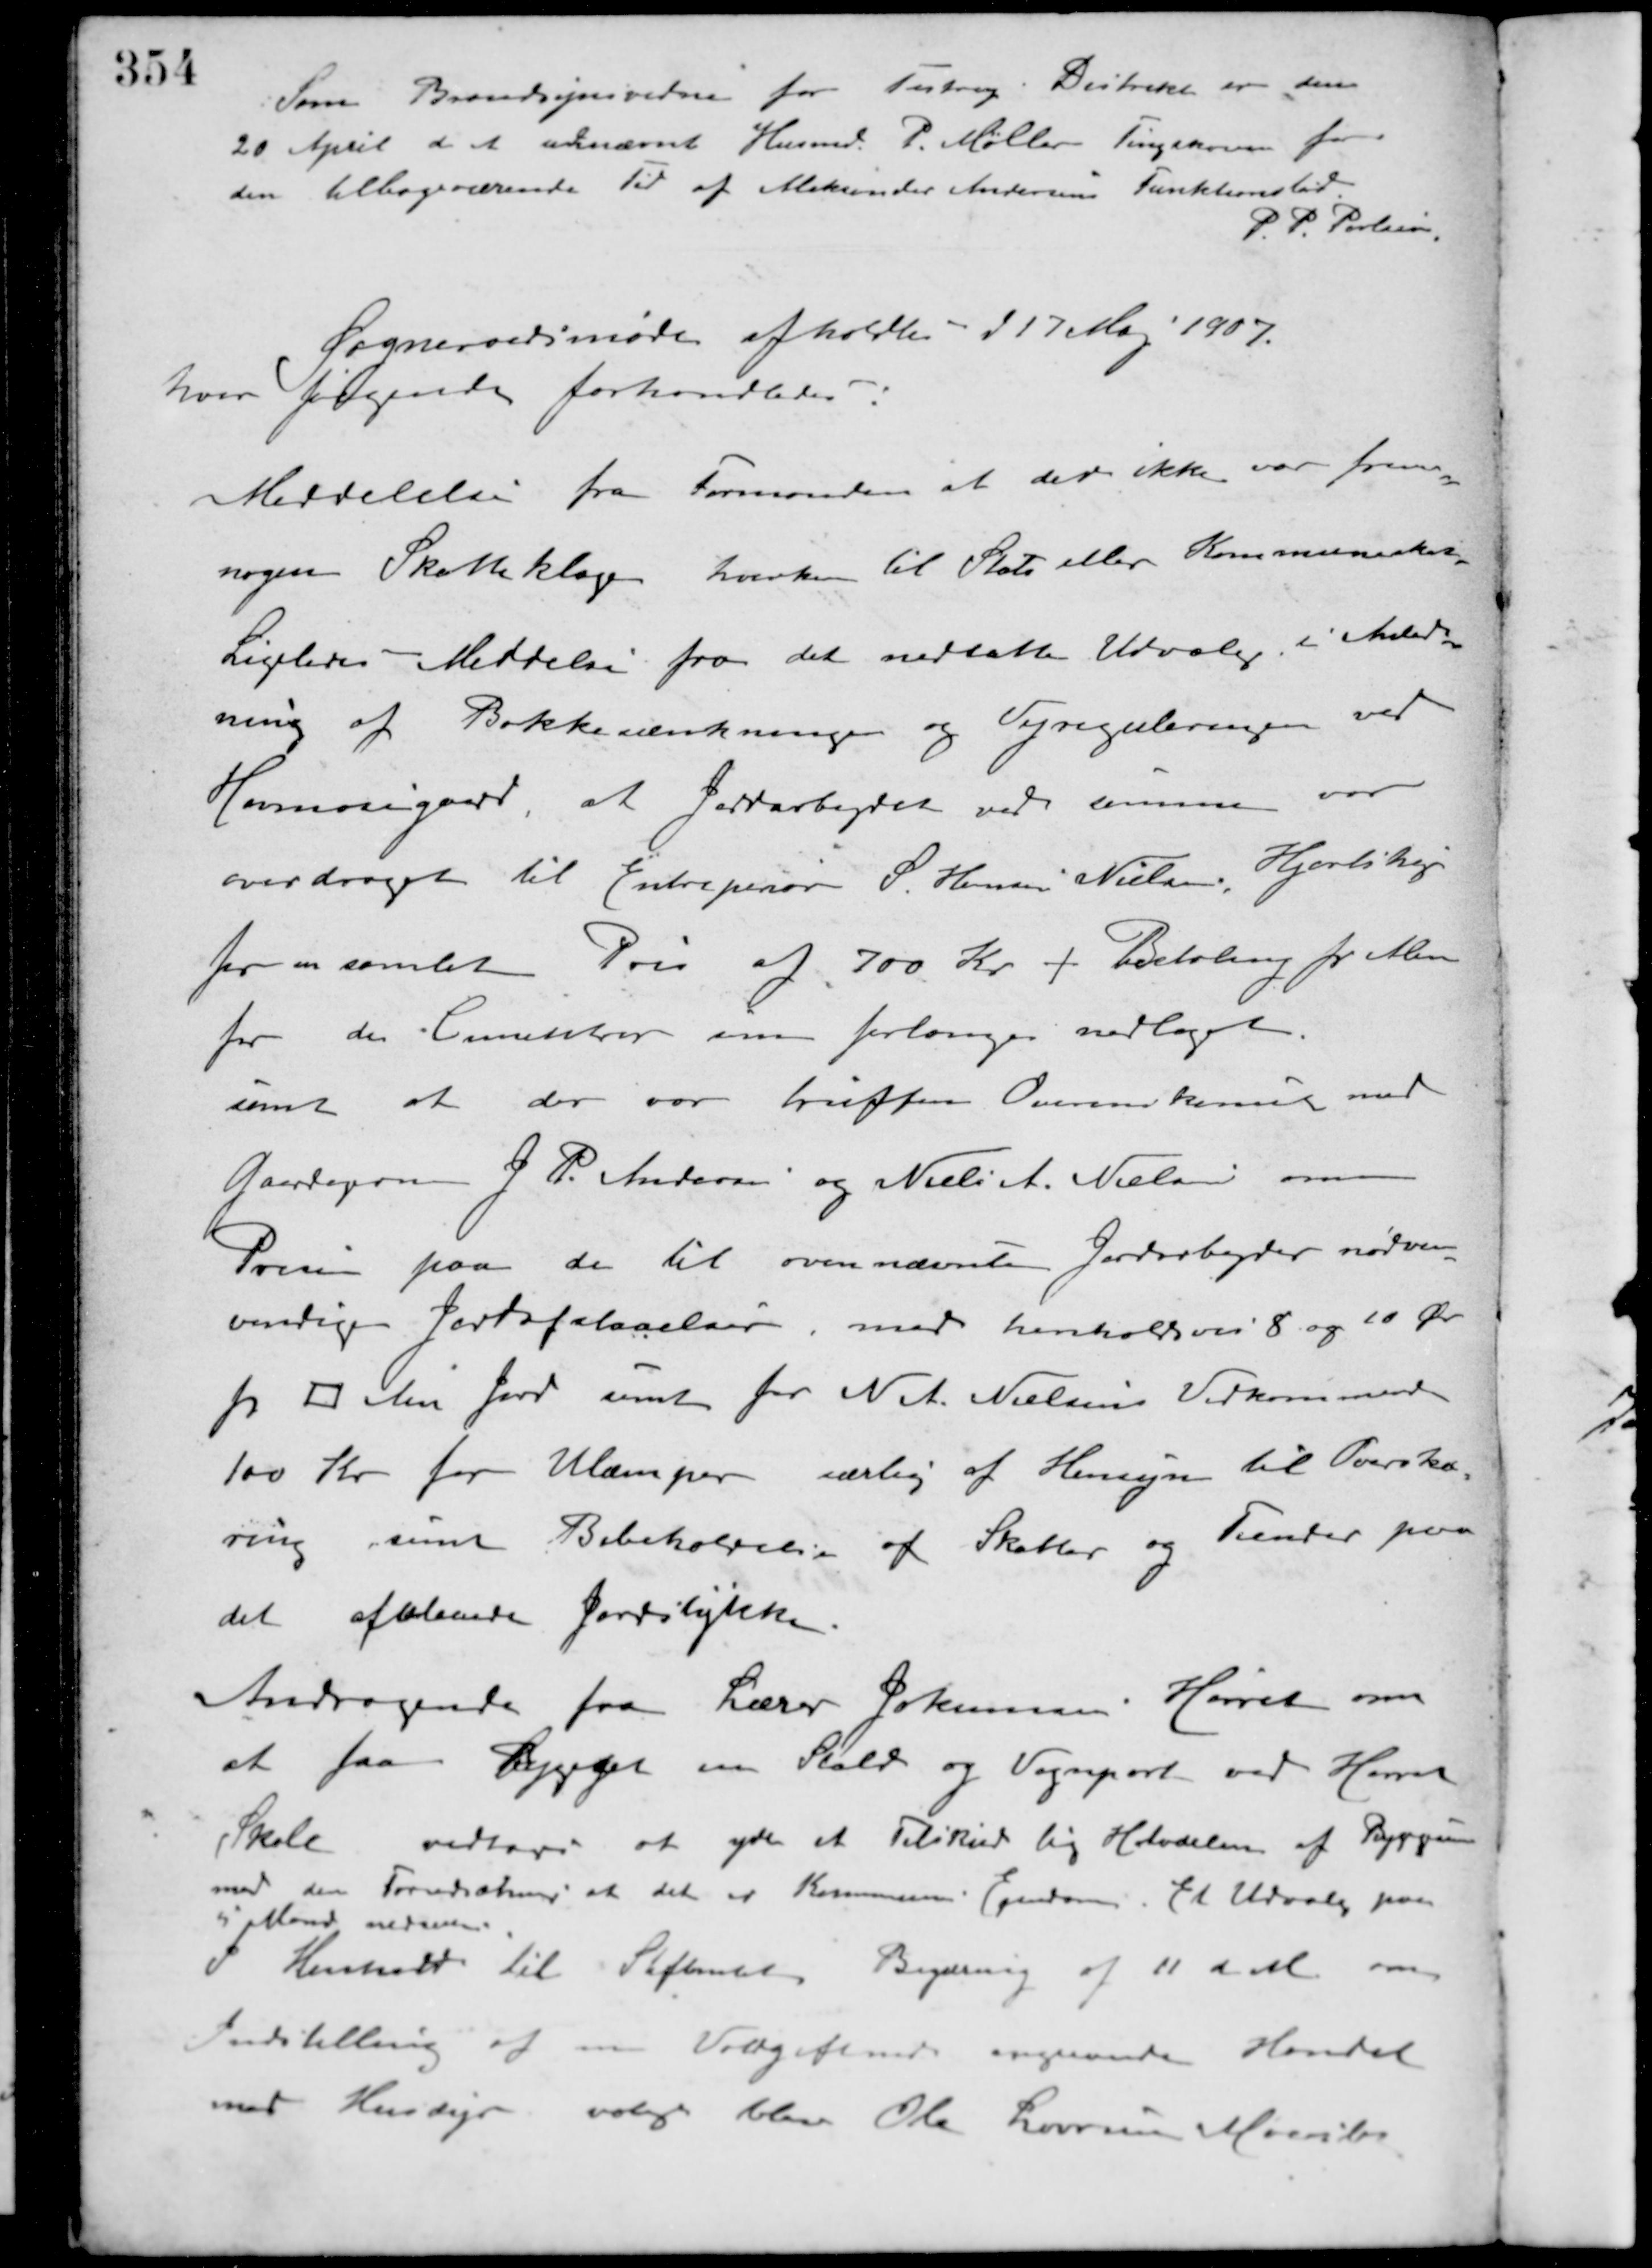
Transskription:
Som Brandsynsvidne for Testrup Distrikt er den
20 April d. A. udnævnt Husmd. P. Møller Tingskoven for
den tilbageværende Tid af Aleksander Andersens Funktionstid.
P. P. Petersen
Sogneraadsmøde afholdtes d 17 Maj 1907.
hvor følgende forhandledes.
Meddelelse fra Formanden at der ikke var fremsendt
nogen Skatteklage hverken til Stats eller Kommuneraadet.
Ligledes Meddelse fra det nedsatte Udvalg i Anled-
ning af Bakkesænkning og Vejreguleringen ved
Havmosegaard, at Jordarbejdet ved samme var
overdraget til Entrepenør S. Hansen Nielsen, Hjortshøj
for en samlet Pris af 700 Kr. + Betaling pr. Alen
jord der Cirekter som forlanges nedlagt.
samt at der var truffen Overenskomst med
Gaardejerne J. P. Andersen og Niels A. Nielsen om
Prisen paa de til ovennævnte Jordarbejder nødven-
vendige Jordafstaaelser, med henholdsvis 8 og 10 Øre
pr. □ Alen Jord samt for N. A. Nielsens Vedkommende
100 Kr. for Ulemper særlig af Hensyn til Overskæ-
ring samt Bibeholdelse af Skatter og Tiender paa
det afstaaede Jordstykke.
Andragende fra Lærer Jokumsen Hørret om
at faa Bygget en Stald og Vognport ved Hørret
Skole. vedtoges at yde et Tilskud lig Halvdelen af Byggeriet
med den Forudsætning at det er Kommunens Ejendom. Et Udvalg paa
5 Mand nedsattes.
I Henhold til Stiftamtets Begæring af 11 d. M. om
Indstilling af en Volgiftsmd. angaaende Handel
med Husdyr valgt blev Ole Laursen Maarslet.